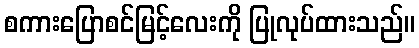
စကားပြောစင်မြင့်လေးကို ပြုလုပ်ထားသည်။